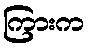
ကြားက